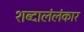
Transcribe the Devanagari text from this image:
शब्दालंलंकार